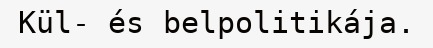
Kül- és belpolitikája.